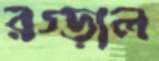
রগ্‌ড়াল